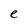
Character: e